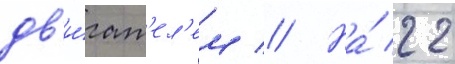
дв'и́гат'ел'ем // На́ 22